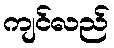
ကျင်လည်